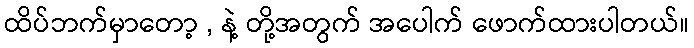
ထိပ်ဘက်မှာတော့ , နဲ့ တို့အတွက် အပေါက် ဖောက်ထားပါတယ်။